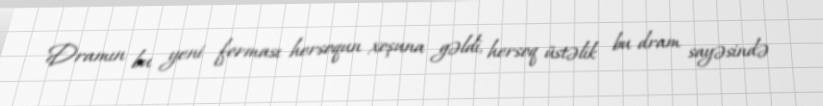
Dramın bu yeni forması hersoqun xoşuna gəldi, hersoq üstəlik bu dram sayəsində